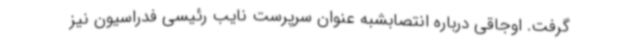
گرفت. اوجاقی درباره انتصابشبه عنوان سرپرست نایب رئیسی فدراسیون نیز